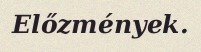
Előzmények.